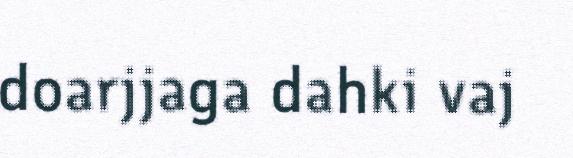
doarjjaga dahki vaj